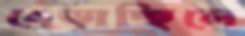
ধেড়াচ্ছিলে